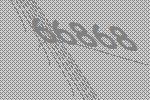
66868